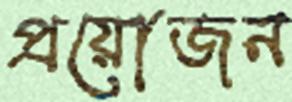
প্রয়োজন